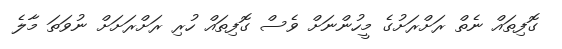
ގޮފިތައް ނެތް ރަށްރަށުގެ މީހުންނަށް ވެސް ގޮފިތައް ހުރި ރަށްރަށަށް ނުވަތަ މާލެ